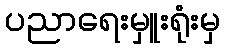
ပညာရေးမှူးရုံးမှ